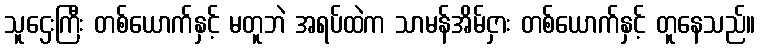
သူဌေးကြီး တစ်ယောက်နှင့် မတူဘဲ အရပ်ထဲက သာမန်အိမ်ငှား တစ်ယောက်နှင့် တူနေသည်။